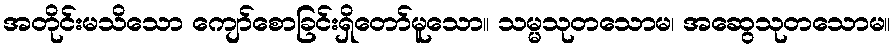
အတိုင်းမသိသော ကျော်စောခြင်းရှိတော်မူသော။ သမ္မသုတသောမ၊ အဆွေသုတသောမ။